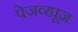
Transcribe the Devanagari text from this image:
पेजव्ह्यूज